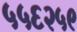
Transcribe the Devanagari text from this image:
५५६२५९